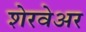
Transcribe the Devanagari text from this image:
शेरवेअर